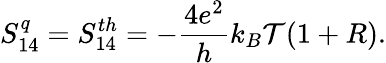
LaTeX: S_{14}^{q}={S_{14}^{th}}=-\frac{4e^{2}}{h}k_{B}\mathcal{T}(1+R).